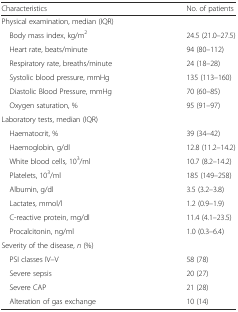
<table><thead><tr><td><b>Characteristics</b></td><td><b>No. of patients</b></td></tr></thead><tbody><tr><td colspan="2">Physical examination, median (IQR)</td></tr><tr><td> Body mass index, kg/m<sup>2</sup></td><td>24.5 (21.0–27.5)</td></tr><tr><td> Heart rate, beats/minute</td><td>94 (80–112)</td></tr><tr><td> Respiratory rate, breaths/minute</td><td>24 (18–28)</td></tr><tr><td> Systolic blood pressure, mmHg</td><td>135 (113–160)</td></tr><tr><td> Diastolic Blood Pressure, mmHg</td><td>70 (60–85)</td></tr><tr><td> Oxygen saturation, %</td><td>95 (91–97)</td></tr><tr><td colspan="2">Laboratory tests, median (IQR)</td></tr><tr><td> Haematocrit, %</td><td>39 (34–42)</td></tr><tr><td> Haemoglobin, g/dl</td><td>12.8 (11.2–14.2)</td></tr><tr><td> White blood cells, 10<sup>3</sup>/ml</td><td>10.7 (8.2–14.2)</td></tr><tr><td> Platelets, 10<sup>3</sup>/ml</td><td>185 (149–258)</td></tr><tr><td> Albumin, g/dl</td><td>3.5 (3.2–3.8)</td></tr><tr><td> Lactates, mmol/l</td><td>1.2 (0.9–1.9)</td></tr><tr><td> C-reactive protein, mg/dl</td><td>11.4 (4.1–23.5)</td></tr><tr><td> Procalcitonin, ng/ml</td><td>1.0 (0.3–6.4)</td></tr><tr><td colspan="2">Severity of the disease, <i>n</i> (%)</td></tr><tr><td> PSI classes IV–V</td><td>58 (78)</td></tr><tr><td> Severe sepsis</td><td>20 (27)</td></tr><tr><td> Severe CAP</td><td>21 (28)</td></tr><tr><td> Alteration of gas exchange</td><td>10 (14)</td></tr></tbody></table>